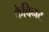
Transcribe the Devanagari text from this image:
केबिनट